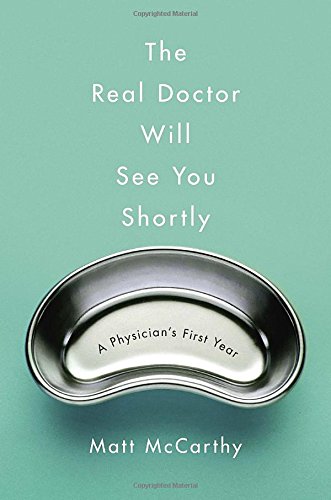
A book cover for The Real Doctor Will See You Shortly: A Physician's First Year; Matt McCarthy; Medical Books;